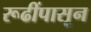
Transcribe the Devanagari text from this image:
रूढींपासून